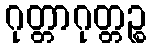
ဂုတ္တာဂုတ္တဉ္စ